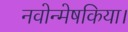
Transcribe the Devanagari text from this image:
नवोन्मेषकिया।